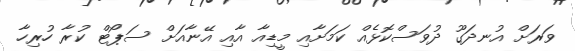
ވަރަށް އުނދަގޫ ދުވަސްކޮޅެއް ކަމަށާއި މީޑިއާ އާއި އޭނާއަށް ސަޕޯޓް ކުރާ ހުރިހާ